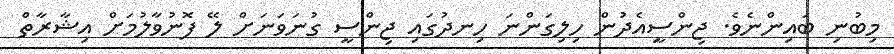
މިބުނި ބައިންނެވެ. ޖިންސީއެދުން ހިލިގަންނަ ހިނދުގައި ޖިންސީ ގުނަވަނަށް ލޭ ފޮނުވާލުމަށް އިޝާރާތް